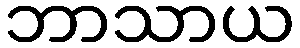
ဘာသာယ